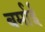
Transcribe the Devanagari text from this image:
बर्माई